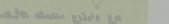
بيع وتوزيع منتجات الألبان